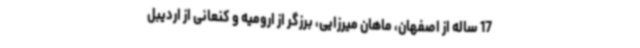
17 ساله از اصفهان، ماهان میرزایی، برزگر از ارومیه و کنعانی از اردیبل